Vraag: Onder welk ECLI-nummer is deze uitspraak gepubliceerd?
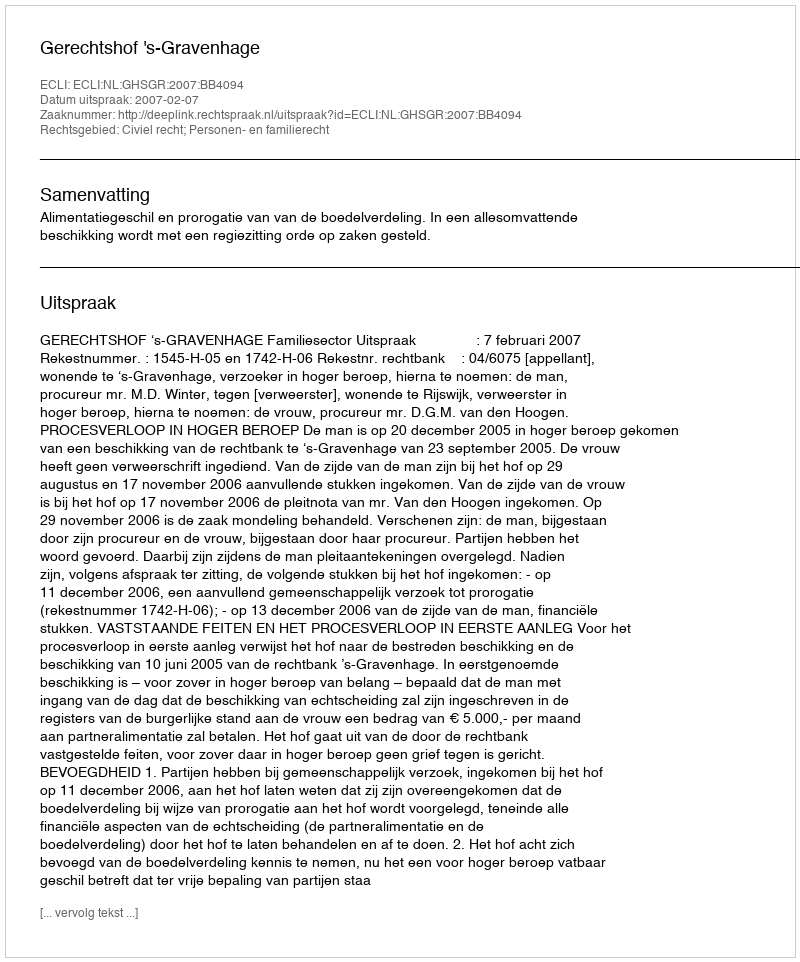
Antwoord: ECLI:NL:GHSGR:2007:BB4094